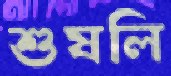
শুষলি